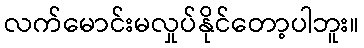
လက်မောင်းမလှုပ်နိုင်တော့ပါဘူး။